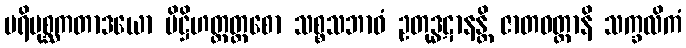
ပရိပုစ္ဆကတာဒယော ပိဋ္ဌိဟတ္ထတ္တစော သစ္စသဘာဝံ ဥတုဒ္ဓဋာနန္တိ ဇာတဝတ္ထာနိ သက္ခလိကံ